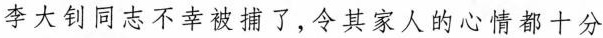
李大钊同志不幸被捕了，令其家人的心情都十分